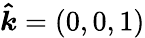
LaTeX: {\boldsymbol{\hat{k}}}=(0,0,1)